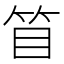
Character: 𥬥